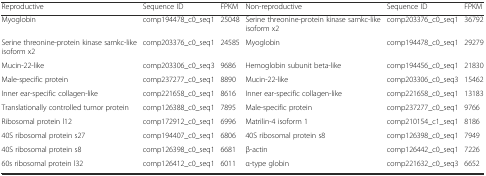
<table><thead><tr><td><b>Reproductive</b></td><td><b>Sequence ID</b></td><td><b>FPKM</b></td><td><b>Non-reproductive</b></td><td><b>Sequence ID</b></td><td><b>FPKM</b></td></tr></thead><tbody><tr><td>Myoglobin</td><td>comp194478_c0_seq1</td><td>25048</td><td>Serine threonine-protein kinase samkc-like isoform x2</td><td>comp203376_c0_seq1</td><td>36792</td></tr><tr><td>Serine threonine-protein kinase samkc-like isoform x2</td><td>comp203376_c0_seq1</td><td>24585</td><td>Myoglobin</td><td>comp194478_c0_seq1</td><td>29279</td></tr><tr><td>Mucin-22-like</td><td>comp203306_c0_seq3</td><td>9686</td><td>Hemoglobin subunit beta-like</td><td>comp194456_c0_seq1</td><td>21830</td></tr><tr><td>Male-specific protein</td><td>comp237277_c0_seq1</td><td>8890</td><td>Mucin-22-like</td><td>comp203306_c0_seq3</td><td>15462</td></tr><tr><td>Inner ear-specific collagen-like</td><td>comp221658_c0_seq1</td><td>8616</td><td>Inner ear-specific collagen-like</td><td>comp221658_c0_seq1</td><td>13183</td></tr><tr><td>Translationally controlled tumor protein</td><td>comp126388_c0_seq1</td><td>7895</td><td>Male-specific protein</td><td>comp237277_c0_seq1</td><td>9766</td></tr><tr><td>Ribosomal protein l12</td><td>comp172912_c0_seq1</td><td>6996</td><td>Matrilin-4 isoform 1</td><td>comp210154_c1_seq1</td><td>8186</td></tr><tr><td>40S ribosomal protein s27</td><td>comp194407_c0_seq1</td><td>6806</td><td>40S ribosomal protein s8</td><td>comp126398_c0_seq1</td><td>7949</td></tr><tr><td>40S ribosomal protein s8</td><td>comp126398_c0_seq1</td><td>6681</td><td>β-actin</td><td>comp126442_c0_seq1</td><td>7226</td></tr><tr><td>60s ribosomal protein l32</td><td>comp126412_c0_seq1</td><td>6011</td><td>α-type globin</td><td>comp221632_c0_seq3</td><td>6652</td></tr></tbody></table>